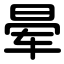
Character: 晕